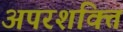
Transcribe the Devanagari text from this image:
अपरशक्ति